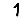
Digit: 1